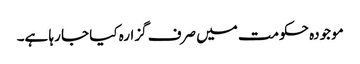
موجودہ حکومت میں صرف گزارہ کیا جا رہا ہے۔